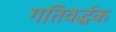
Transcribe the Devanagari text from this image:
गतिवर्द्धक